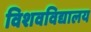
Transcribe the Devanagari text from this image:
विशवविद्यालय